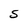
Character: S